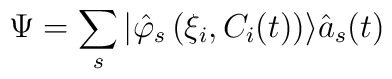
\Psi =\sum_s|\hat \varphi _s\left( \xi_i,C_i(t)\right) \rangle \hat a_s(t)